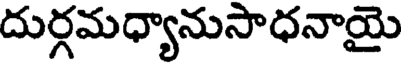
దుర్గమధ్యానుసాధనాయై